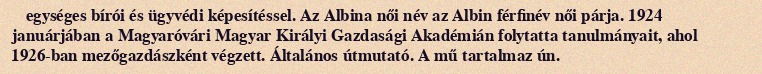
egységes bírói és ügyvédi képesítéssel. Az Albina női név az Albin férfinév női párja. 1924 januárjában a Magyaróvári Magyar Királyi Gazdasági Akadémián folytatta tanulmányait, ahol 1926-ban mezőgazdászként végzett. Általános útmutató. A mű tartalmaz ún.